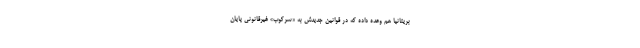
بریتانیا هم وعده داده که در قوانین جدیدش به «سرکوب» غیرقانونی پایان